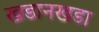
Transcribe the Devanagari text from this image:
खडानखडा